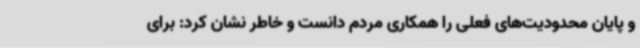
و پایان محدودیت‌های فعلی را همکاری مردم دانست و خاطر نشان کرد: برای